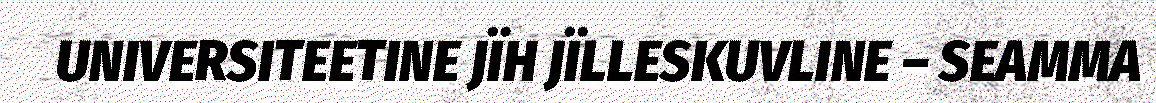
UNIVERSITEETINE JÏH JÏLLESKUVLINE – SEAMMA